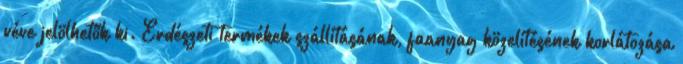
véve jelölhetők ki. Erdészeti termékek szállításának, faanyag közelítésének korlátozása